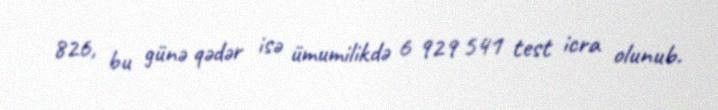
826, bu günə qədər isə ümumilikdə 6 929 541 test icra olunub.